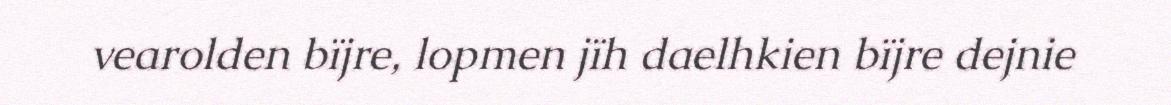
vearolden bïjre, lopmen jïh daelhkien bïjre dejnie